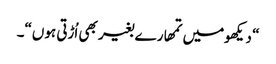
“ دیکھومیں تمھارے بغیر بھی اُڑتی ہوں“۔